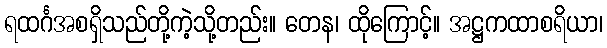
ရထင်္ဂအစရှိသည်တို့ကဲ့သို့တည်း။ တေန၊ ထိုကြောင့်။ အဋ္ဌကထာစရိယာ၊